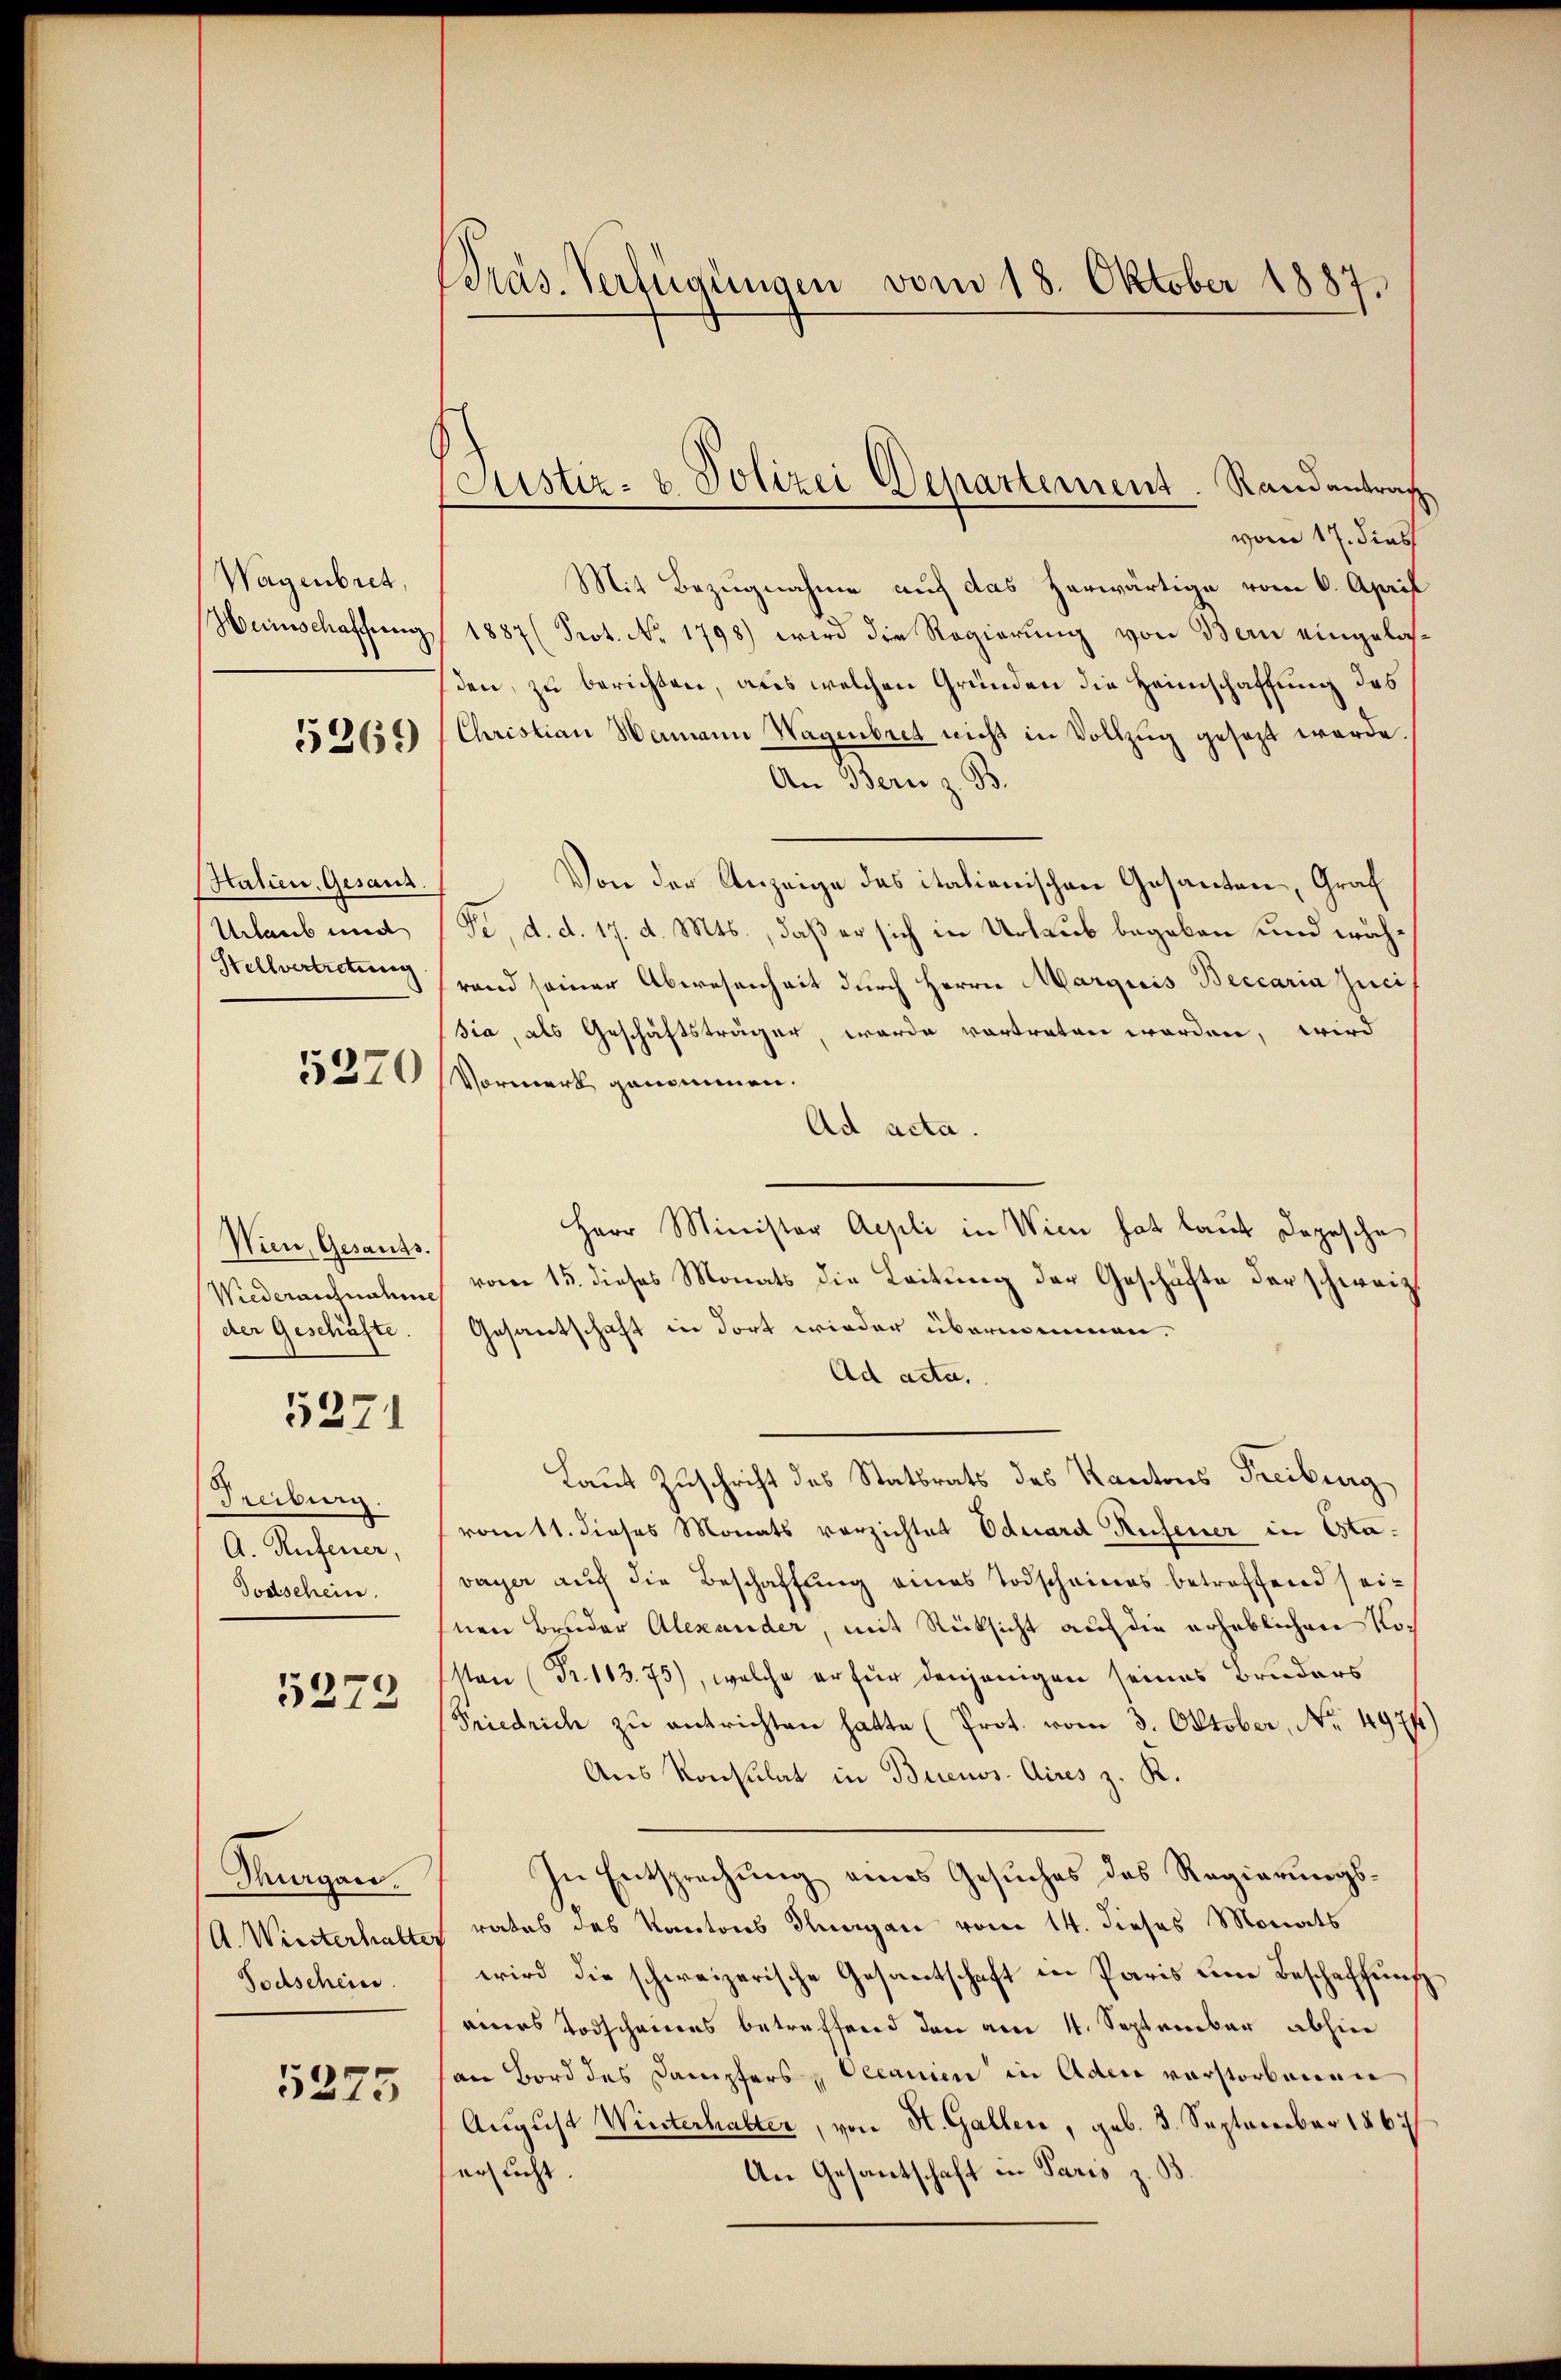
Wagenbret,
Heischaffung

5269

Halien, Gesand
Urlaub und
Stellvertretung

5270

Wien, Gesants.
Wiederaufnahme
der Geschäfte.

5271

Freiburg.
A. Rufener,
Todschein.

5272

Thurgans.
A. Winterhalter
Sochschein.

5275

Präs. Verfügungen vom 18. Oktober 1887,

Eustiz- u. Polizei Departement. Randantrag

vom 17. dies
Mit Bezugnahme auf das herwärtige vom 6. April
1887 (Prot. No. 1798) wird die Regierung von Bern eingelasden, zu berichten, aus welchen Gründen die Heimschaffung des
Christian Wemann Wagenbret nicht in Vollzŭg gesezt werde.
An Bern z. B.
Von der Anzeige des italienischen Gesanten, Graf
Fe, d. d. 17. d. Mts., daß er sich in Urlaub begeben und währand seiner Abwesenheit durch Herrn Margicis Beccaria Zucisia, als Geschäftsträger, werde vortreten worden, wird
Vormerk genommen.
Ad acta.
Herr Minister Aepli in Wien hat laut Depesche
vom 15. dieses Monats die Leitung der Geschäfte der schweiz.
Gesantschaft in dort wieder übernommen.
Ad acta.
Laut Zuschrift des Statsrats des Kantons Freiburg,
romtt. dieses Monats vorzichtet Eduard Rufener in Etavayer auch die Beschaffung eines Todscheines betreffend seihnen Bruder Alexander, mit Rücksicht auf die erheblichen Noon (Fr. 103. 75), welche er für denjenigen seines Bruders
Friedrich zŭ entrichten hatte (Prot. vom 3. Oktober, No. 4974)
Aus Konsulat in Buenos Aires z. R.
In Entsprechung eines Gesuches des Regierungsrates des Kantons Stangen vom 14. dieses Monats
wird die schweizerische Gesandtschaft in Paris eine Beschaffung
eines Todscheines betreffend den am 4. September abhin
an Bord des Dampfers, Decanien in Ader vorstorbenen
August Winterhalter, von St. Gallen, geb. 3. September 1867
an nicht.
An Gesantschaft in Paris z. B.